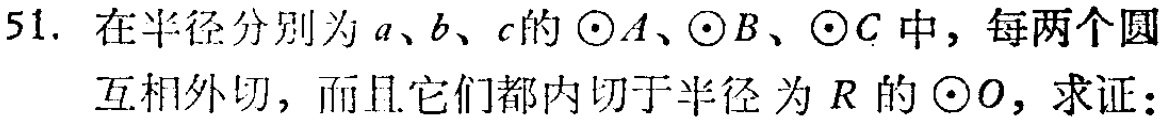
51. 在半径分别为\(a\)、\(b\)、\(c\)的\(\odot A\)、\(\odot B\)、\(\odot C\)中，每两个圆互相外切，而且它们都内切于半径为\(R\)的\(\odot O\)，求证：